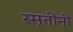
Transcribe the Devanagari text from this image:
स्मृतींनी